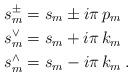
LaTeX: \begin{align*}s_m^\pm &= s_m \pm i \pi\, p_m \\s_m^\vee &= s_m + i \pi\, k_m \\s_m^\wedge &= s_m - i \pi\, k_m \:.\end{align*}